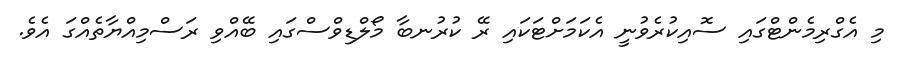
މި އެގްރިމެންޓްގައި ސޮއިކުރެވުނީ އެކަމަށްޓަކައި ރޭ ކުރުނބާ މޯލްޑިވްސްގައި ބޭއްވި ރަސްމިއްޔާތެއްގަ އެވެ.